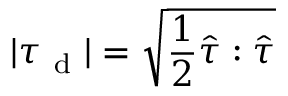
| \boldsymbol { \tau } _ { \mathrm { ~ d ~ } } | = \sqrt { \frac { 1 } { 2 } \hat { \boldsymbol { \tau } } : \hat { \boldsymbol { \tau } } }